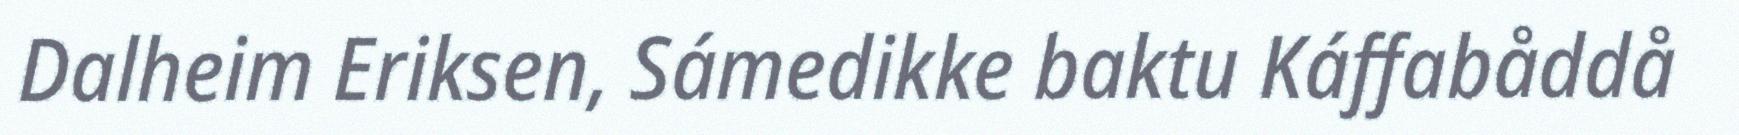
Dalheim Eriksen, Sámedikke baktu Káffabåddå